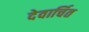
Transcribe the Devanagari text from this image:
देवार्चित